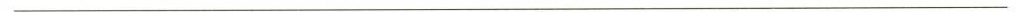
___